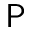
\mathsf { P }